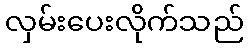
လှမ်းပေးလိုက်သည်